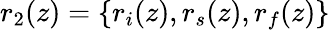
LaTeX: r_{2}(z)=\{ r_{i}(z),r_{s}(z),r_{f}(z)\}